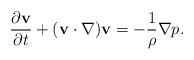
LaTeX: \begin{align*}\frac{\partial {\bf v}}{\partial t}+({\bf{v}}\cdot\nabla) {\bf v}=-\frac{1}{\rho}\nabla p.\end{align*}